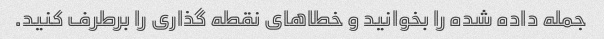
جمله داده شده را بخوانید و خطاهای نقطه گذاری را برطرف کنید.